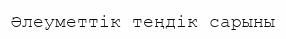
Әлеуметтік теңдік сарыны